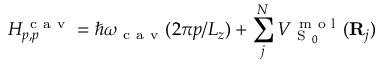
H _ { p , p } ^ { \mathrm { ~ c ~ a ~ v ~ } } = \hslash \omega _ { \mathrm { ~ c ~ a ~ v ~ } } ( 2 \pi p / L _ { z } ) + \sum _ { j } ^ { N } V _ { \mathrm { ~ S ~ } _ { 0 } } ^ { \mathrm { ~ m ~ o ~ l ~ } } ( { \bf { R } } _ { j } )